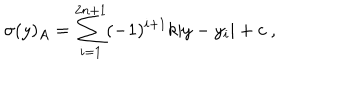
\sigma ( y ) _ { A } = \sum _ { i = 1 } ^ { 2 n + 1 } ( - 1 ) ^ { i + 1 } k | y - y _ { i } | + c ~ , ~ \,